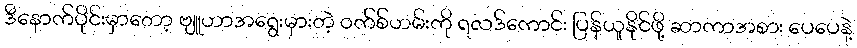
ဒီနောက်ပိုင်းမှာတော့ ဗျူဟာအရွေးမှားတဲ့ ဝက်စ်ဟမ်းကို ရလဒ်ကောင်း ပြန်ယူနိုင်ဖို့ ဆာကာအစား ပေပေနဲ့